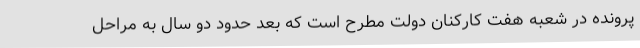
پرونده در شعبه هفت کارکنان دولت مطرح است که بعد حدود دو سال به مراحل